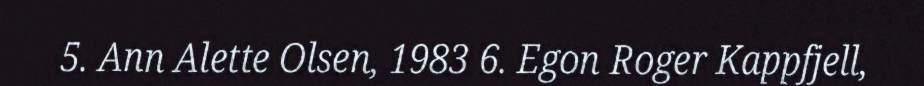
5. Ann Alette Olsen, 1983 6. Egon Roger Kappfjell,